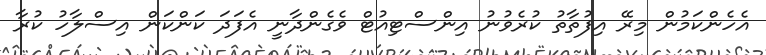
އެހެންކަމުން މިރޭ އިފުތާތު ކުރެވުނު އިންސްޓިއުޓް ވެގެންދާނީ އެފަދަ ކަންކަން އިސްލާހު ކުރާ